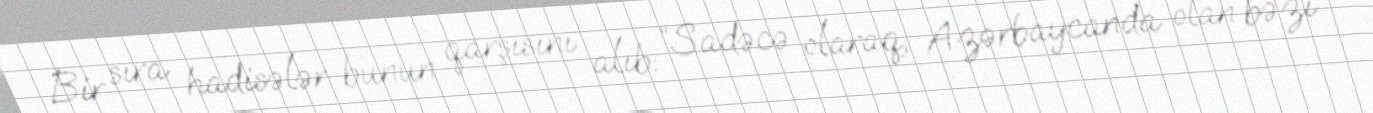
Bir sıra hadisələr bunun qarşısını alıb: “Sadəcə olaraq, Azərbaycanda olan bəzi